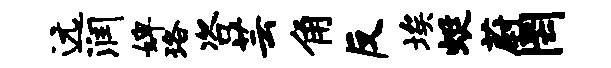
远润婢珞咨芸角反埃蜓蔚罔